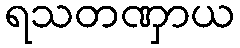
ရသတဏှာယ